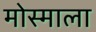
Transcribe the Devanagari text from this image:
मोस्माला